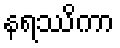
နရဿိကာ